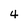
Character: 4